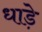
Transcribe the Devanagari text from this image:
धाड़े